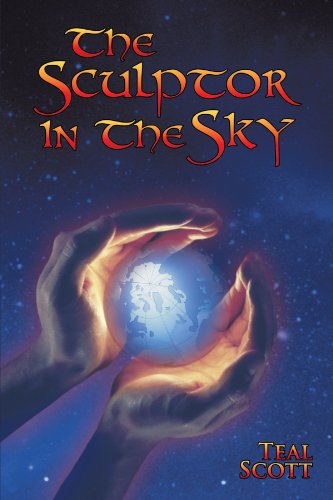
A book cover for The Sculptor in the Sky; Teal Scott; Religion & Spirituality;